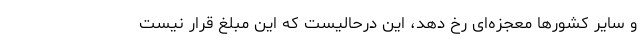
و سایر کشور‌ها معجزه‌ای رخ دهد، این درحالیست که این مبلغ قرار نیست